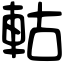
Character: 軲